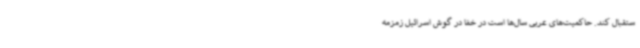
ستقبال کند. حاکمیت‌های عربی سال‌ها است در خفا در گوش اسرائیل زمزمه